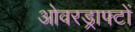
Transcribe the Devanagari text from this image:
ओवरड्राफ्टों